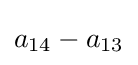
a_{14}-a_{13}